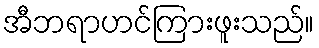
အီဘရာဟင်ကြားဖူးသည်။